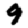
Digit: 9